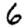
Digit: 6